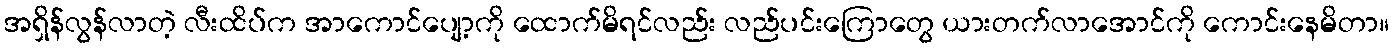
အရှိန်လွန်လာတဲ့ လီးထိပ်က အာကောင်ပျော့ကို ထောက်မိရင်လည်း လည်ပင်းကြောတွေ ယားတက်လာအောင်ကို ကောင်းနေမိတာ။